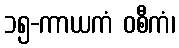
၁၅-ကာယကံ ဝစီကံ၊